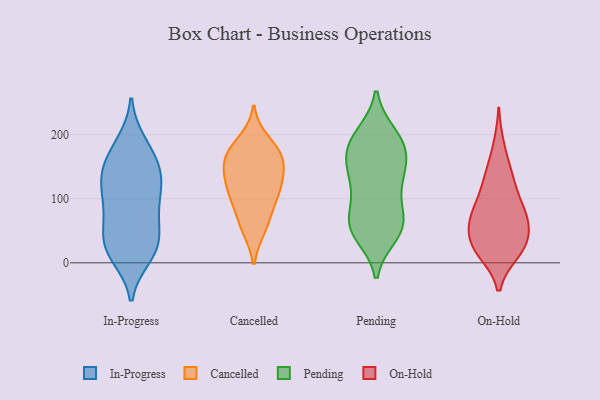
{"axis": {"x": "Shipments", "y": "Value"}, "legend": ["Cancelled", "In-Progress", "On-Hold", "Pending"], "data": [{"x": "", "y": 59, "type": "In-Progress"}, {"x": "", "y": 162, "type": "In-Progress"}, {"x": "", "y": 85, "type": "In-Progress"}, {"x": "", "y": 29, "type": "In-Progress"}, {"x": "", "y": 114, "type": "In-Progress"}, {"x": "", "y": 62, "type": "In-Progress"}, {"x": "", "y": 136, "type": "In-Progress"}, {"x": "", "y": 10, "type": "In-Progress"}, {"x": "", "y": 122, "type": "In-Progress"}, {"x": "", "y": 188, "type": "In-Progress"}, {"x": "", "y": 145, "type": "In-Progress"}, {"x": "", "y": 15, "type": "In-Progress"}, {"x": "", "y": 16, "type": "In-Progress"}, {"x": "", "y": 153, "type": "In-Progress"}, {"x": "", "y": 28, "type": "In-Progress"}, {"x": "", "y": 185, "type": "In-Progress"}, {"x": "", "y": 137, "type": "In-Progress"}, {"x": "", "y": 37, "type": "In-Progress"}, {"x": "", "y": 85, "type": "In-Progress"}, {"x": "", "y": 104, "type": "In-Progress"}, {"x": "", "y": 142, "type": "Cancelled"}, {"x": "", "y": 128, "type": "Cancelled"}, {"x": "", "y": 58, "type": "Cancelled"}, {"x": "", "y": 115, "type": "Cancelled"}, {"x": "", "y": 172, "type": "Cancelled"}, {"x": "", "y": 190, "type": "Cancelled"}, {"x": "", "y": 122, "type": "Cancelled"}, {"x": "", "y": 101, "type": "Cancelled"}, {"x": "", "y": 167, "type": "Cancelled"}, {"x": "", "y": 161, "type": "Cancelled"}, {"x": "", "y": 167, "type": "Cancelled"}, {"x": "", "y": 88, "type": "Cancelled"}, {"x": "", "y": 54, "type": "Cancelled"}, {"x": "", "y": 119, "type": "Pending"}, {"x": "", "y": 49, "type": "Pending"}, {"x": "", "y": 199, "type": "Pending"}, {"x": "", "y": 174, "type": "Pending"}, {"x": "", "y": 184, "type": "Pending"}, {"x": "", "y": 200, "type": "Pending"}, {"x": "", "y": 59, "type": "Pending"}, {"x": "", "y": 186, "type": "Pending"}, {"x": "", "y": 61, "type": "Pending"}, {"x": "", "y": 147, "type": "Pending"}, {"x": "", "y": 84, "type": "Pending"}, {"x": "", "y": 117, "type": "Pending"}, {"x": "", "y": 44, "type": "Pending"}, {"x": "", "y": 58, "type": "Pending"}, {"x": "", "y": 61, "type": "Pending"}, {"x": "", "y": 171, "type": "Pending"}, {"x": "", "y": 136, "type": "Pending"}, {"x": "", "y": 147, "type": "Pending"}, {"x": "", "y": 126, "type": "On-Hold"}, {"x": "", "y": 63, "type": "On-Hold"}, {"x": "", "y": 91, "type": "On-Hold"}, {"x": "", "y": 82, "type": "On-Hold"}, {"x": "", "y": 44, "type": "On-Hold"}, {"x": "", "y": 90, "type": "On-Hold"}, {"x": "", "y": 17, "type": "On-Hold"}, {"x": "", "y": 69, "type": "On-Hold"}, {"x": "", "y": 49, "type": "On-Hold"}, {"x": "", "y": 137, "type": "On-Hold"}, {"x": "", "y": 16, "type": "On-Hold"}, {"x": "", "y": 26, "type": "On-Hold"}, {"x": "", "y": 183, "type": "On-Hold"}, {"x": "", "y": 30, "type": "On-Hold"}, {"x": "", "y": 19, "type": "On-Hold"}, {"x": "", "y": 138, "type": "On-Hold"}, {"x": "", "y": 70, "type": "On-Hold"}]}